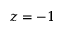
z = - 1